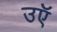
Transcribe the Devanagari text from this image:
उऍ